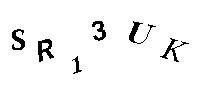
SR13UK